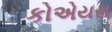
કોએયસ